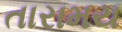
તારામય